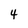
Character: 4